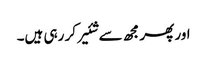
اور پھر مجھ سے شئیر کر رہی ہیں۔